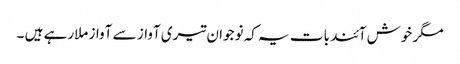
مگر خوش آئند بات یہ کہ نوجوان تیری آواز سے آواز ملارہے ہیں ۔